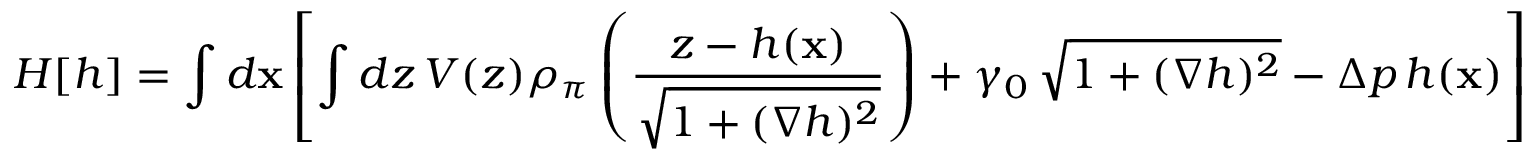
H [ h ] = \int d { \bf x } \left[ \int d z \, V ( z ) \rho _ { \pi } \left( \frac { z - h ( { \bf x } ) } { \sqrt { 1 + ( \nabla h ) ^ { 2 } } } \right) + \gamma _ { 0 } \, \sqrt { 1 + ( \nabla h ) ^ { 2 } } - \Delta p \, h ( { \bf x } ) \right]